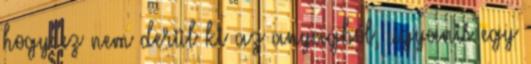
hogy ez nem derül ki az anyagból, ugyanis egy